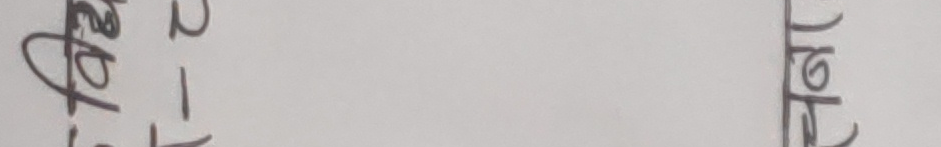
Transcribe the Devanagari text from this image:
2 1 म हो ल